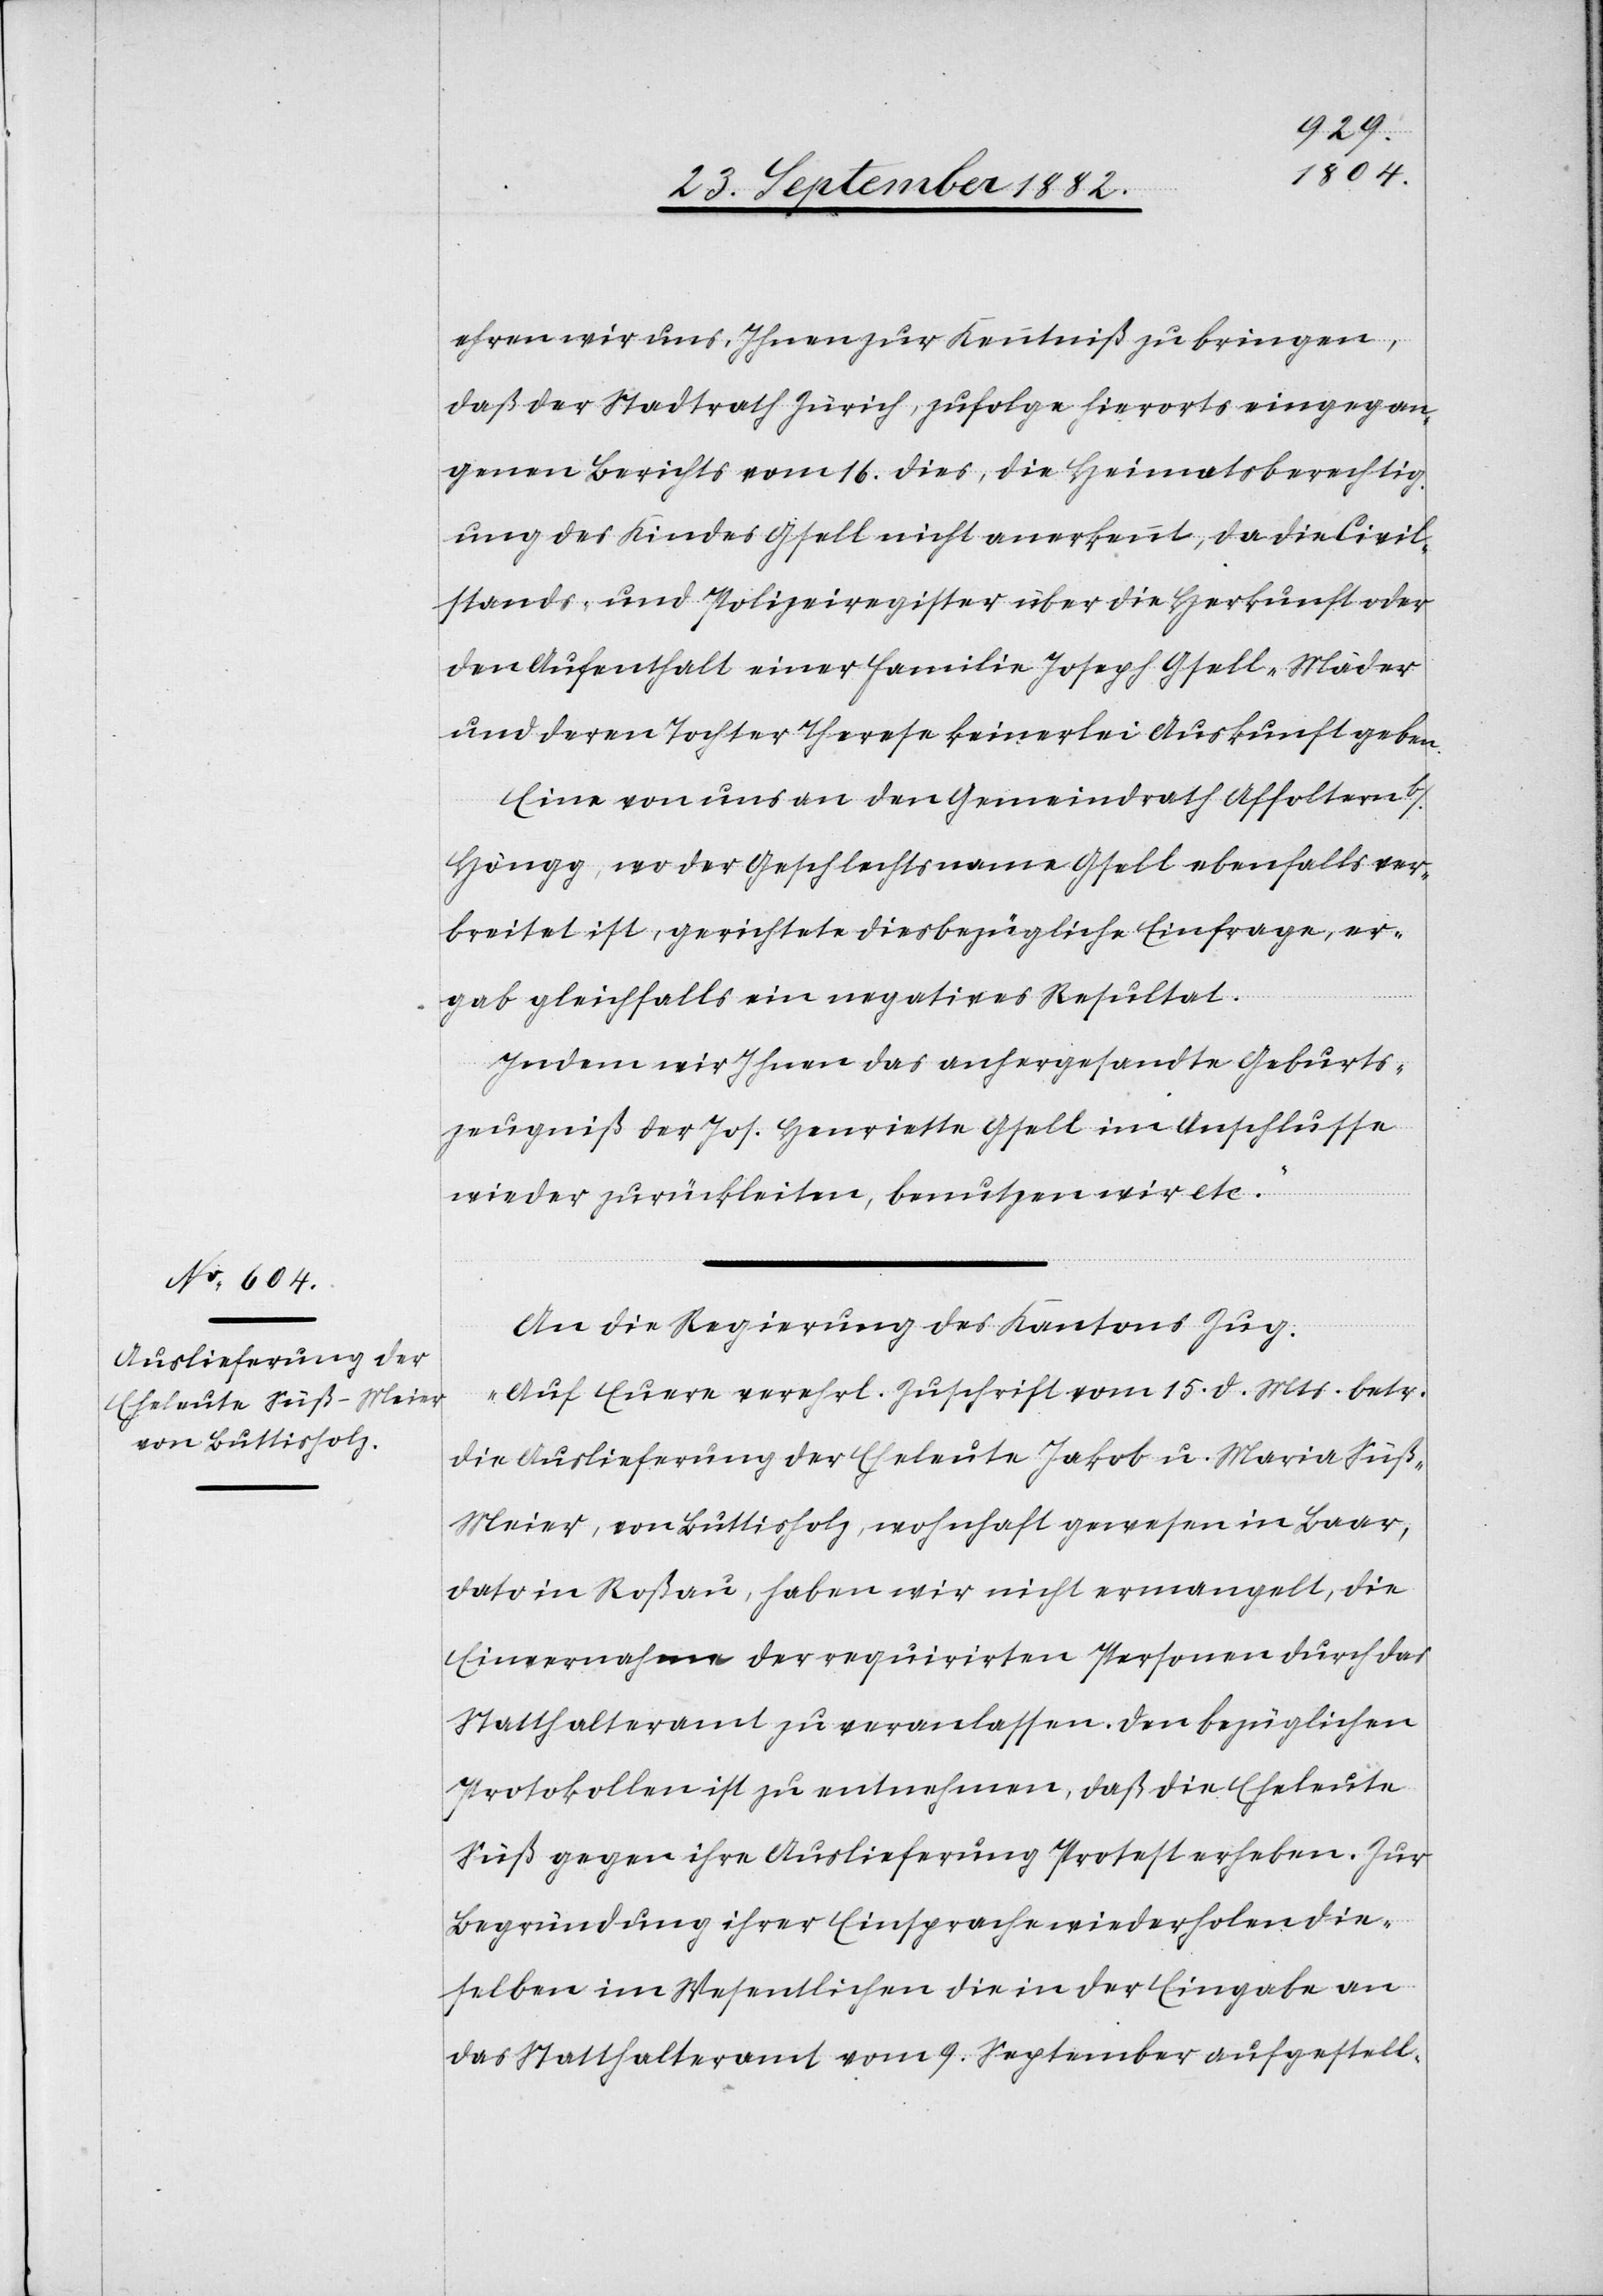
ehren wir uns, Ihnen zur Kenntniß zu bringen,
daß der Stadtrath Zürich, zufolge hierorts eingegan¬
genen Berichts vom 16. dies, die Heimatberechtig¬
ung des Kindes Gsell nicht anerkennt, da die Civil¬
stands- und Polizeiregister über die Herkunft oder
den Aufenthalt einer Familie Joseph Gsell-Mäder
und deren Tochter Theresa keinerlei Auskunft geben.
Eine von uns an den Gemeindrath Affoltern b./H¬
öngg, wo der Geschlechtsname Gsell ebenfalls ver¬
breitet ist, gerichtete diesbezügliche Einfrage, er¬
gab gleichfalls ein negatives Resultat.
Indem wir Ihnen das anhergesandte Geburts¬
zeugniß der Jos. Henriette Gsell im Anschlusse
wieder zurückleiten, benutzen wir etc.“
An die Regierung des Kantons Zug.
„Auf Euere verehrl. Zuschrift vom 15. d. Mts. betr.
die Auslieferung der Eheleute Jakob u. Maria Süß-M¬
eier, von Buttisholz, wohnhaft gewesen in Baar,
dato in Roßau, haben wir nicht ermangelt, die
Einvernahme der requirirten Personen durch das
Statthalteramt zu veranlassen. Den bezüglichen
Protokollen ist zu entnehmen, daß die Eheleute
Süß gegen ihre Auslieferung Protest erheben. Zur
Begründung ihrer Einsprache wiederholen die¬
selben im Wesentlichen die in der Eingabe an
das Statthalteramt vom 9. September aufgestell-